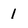
Character: l